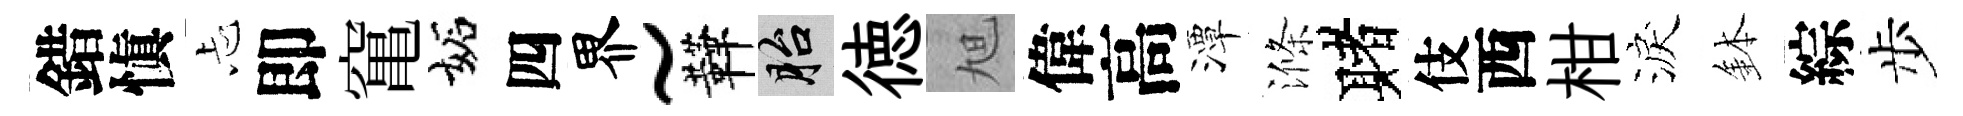
錯愼忐即𥧄妬四界~鞾胎徳旭偉高潭滌赌伎西柑淚鉢綜步